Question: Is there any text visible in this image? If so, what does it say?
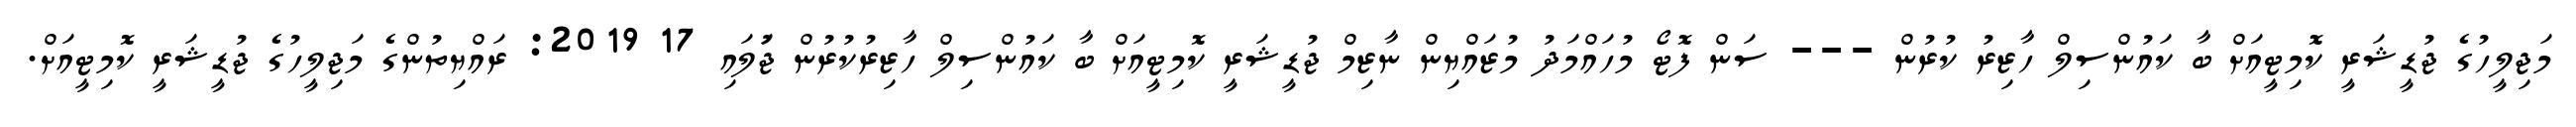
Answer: މަޖިލީހުގެ ޖުޑީޝަރީ ކޮމިޓީއަށް ބާ ކައުންސިލް ހާޒިރު ކުރުން --- ސަން ފޮޓޯ މުހައްމަދު މުޒައްޔިން ނާޒިމް ޖުޑީޝަރީ ކޮމިޓީއަށް ބާ ކައުންސިލް ހާޒިރުކުރުން ޖުަލައި 17 2019: ރައްޔިތުންގެ މަޖިލީހުގެ ޖުޑީޝަރީ ކޮމިޓީއަށް.